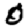
Digit: 0